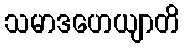
သမာဒဟေယျာတိ